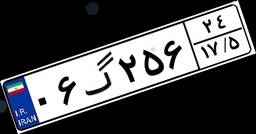
۰۶گ۲۵۶۲۴